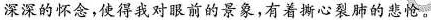
深深的怀念，使得我对眼前的景象，有着撕心裂肺的悲怆。